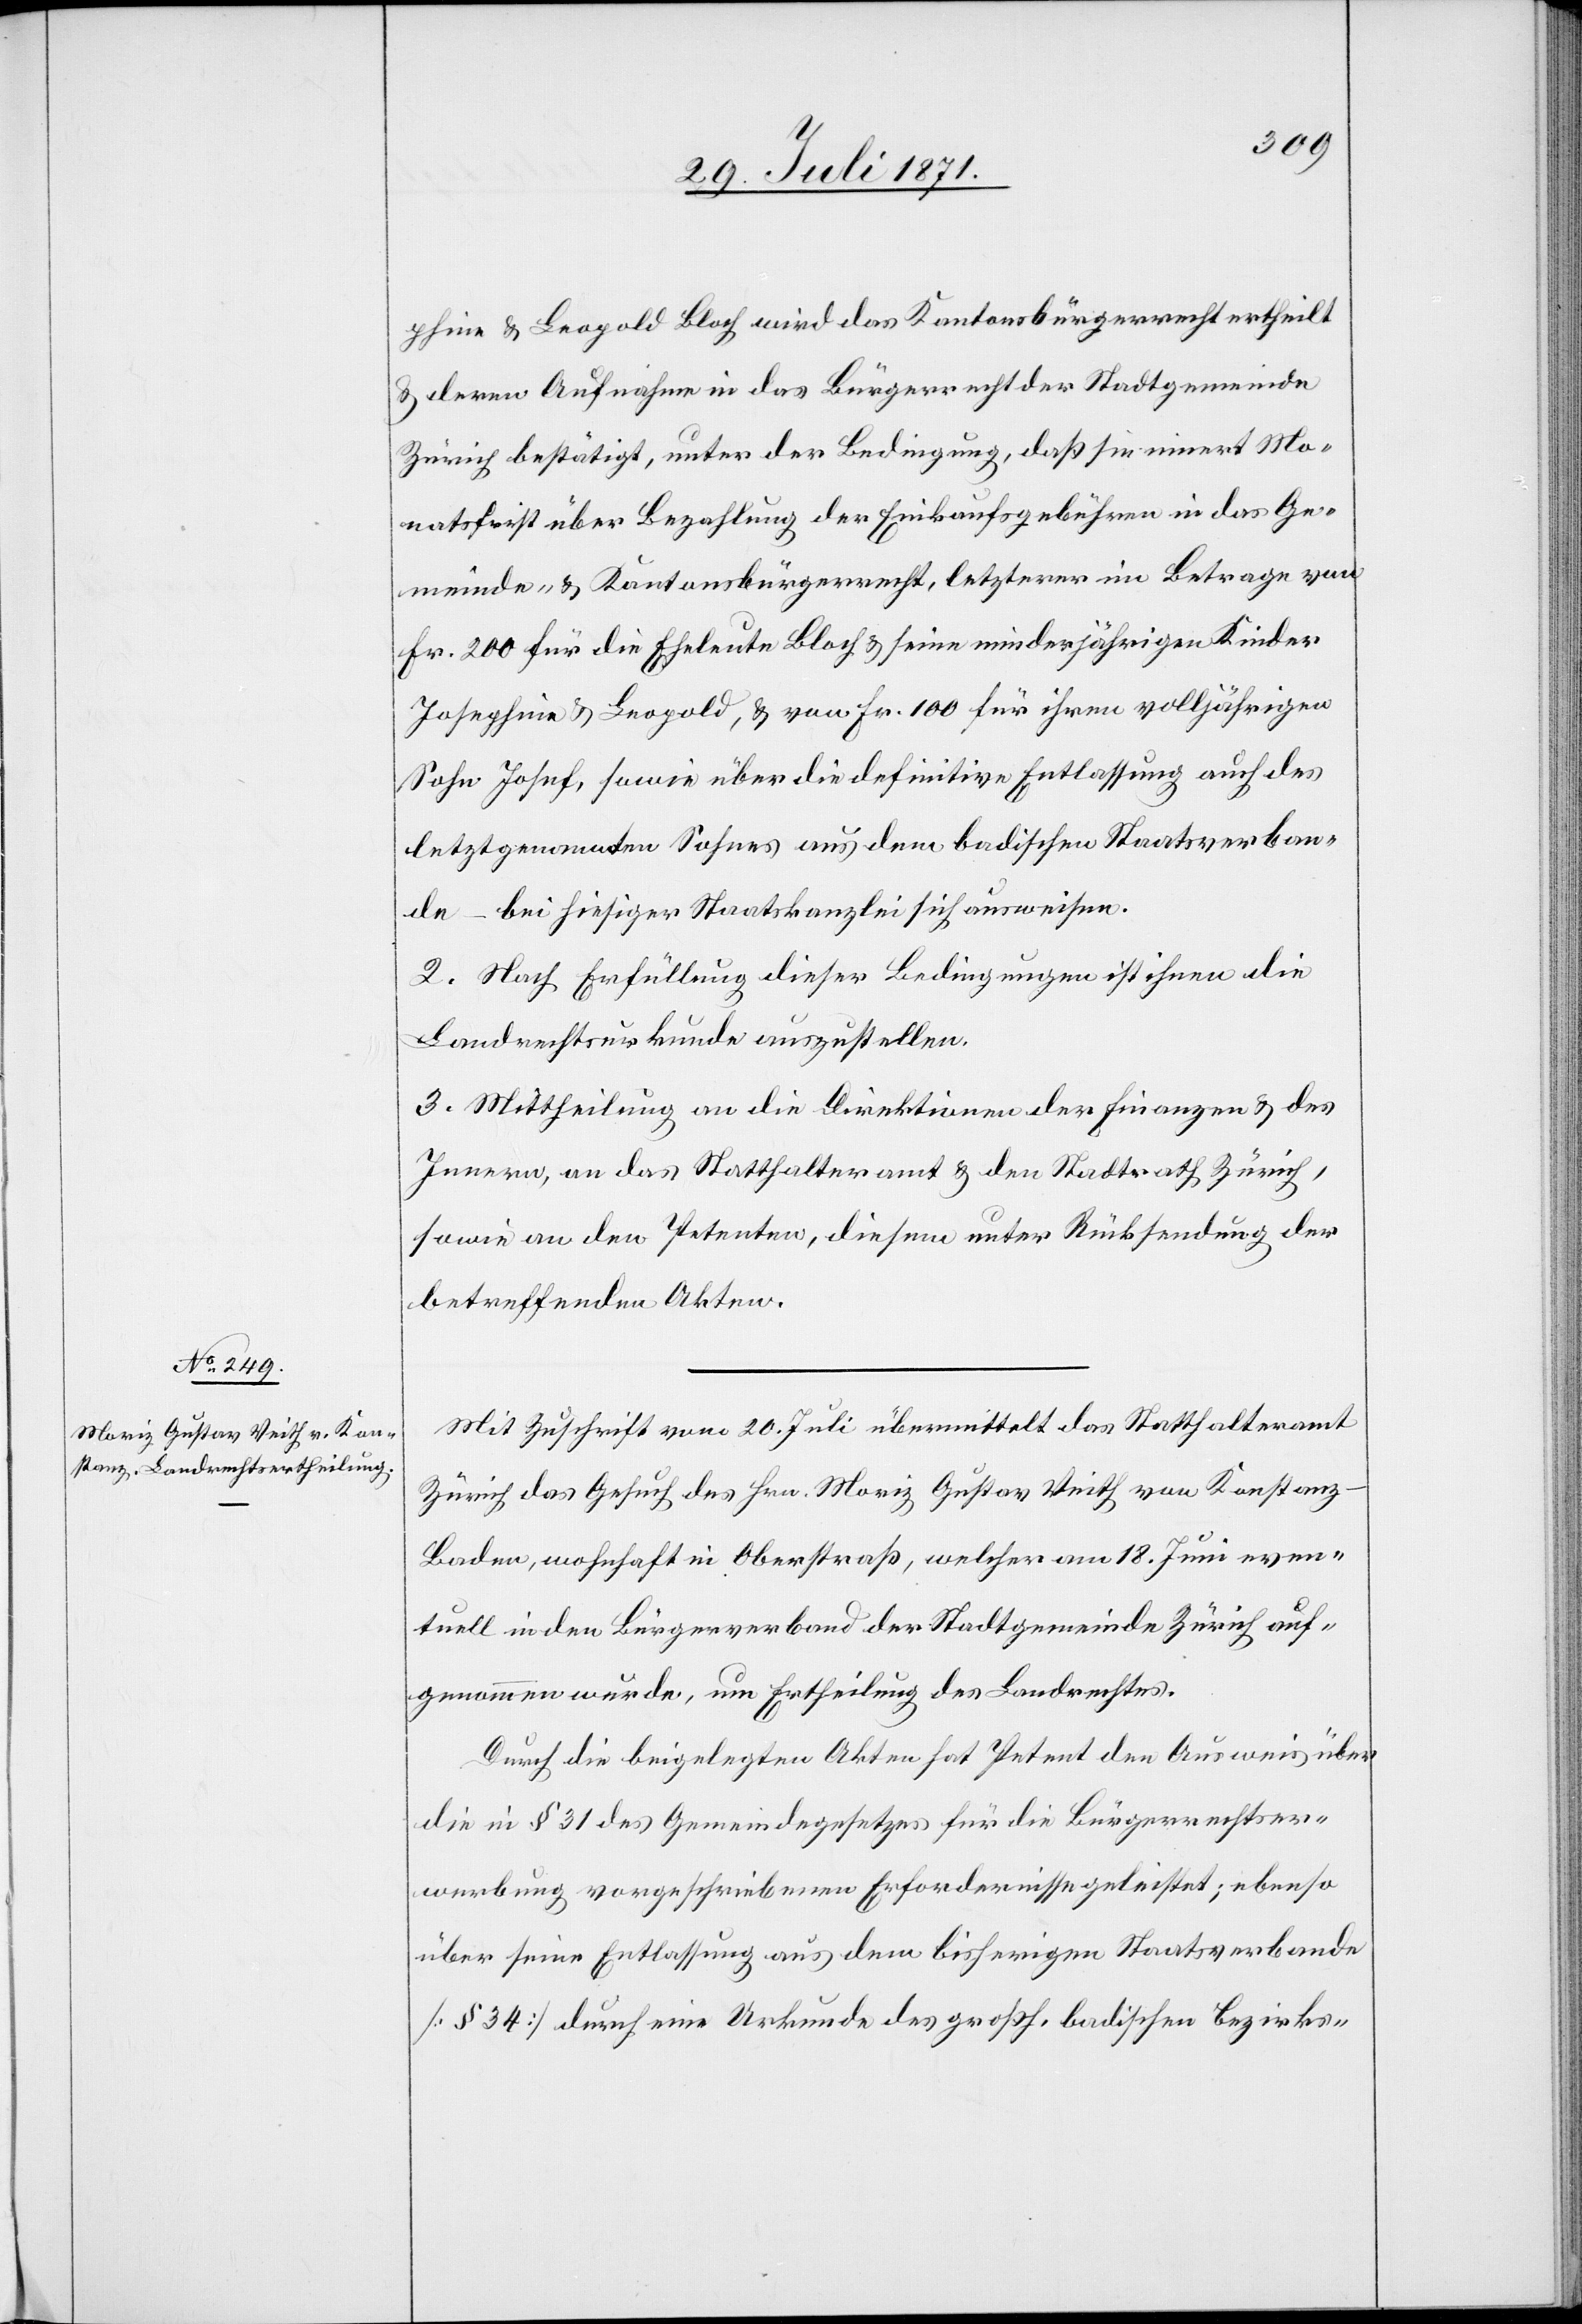
phine u. Leopold Bloch wird das Kantonsbürgerrecht ertheilt
u. deren Aufnahme in das Bürgerrecht der Stadtgemeinde
Zürich bestätigt, unter der Bedingung, daß sie innert Mo¬
natsfrist über Bezahlung der Einkaufsgebühren in das Ge¬
meinde- u. Kantonsbürgerrecht, letzterer im Betrage von
Fr. 200 für die Eheleute Bloch u. seine minderjährigen Kinder
Josephine u. Leopold, u. von Fr. 100 für ihren volljährigen
Sohn Josef, sowie über die definitive Entlassung auch des
letztgenannten Sohnes aus dem badischen Staatsverban¬
de – bei hiesiger Staatskanzlei sich ausweisen.
2. Nach Erfüllung dieser Bedingungen ist ihnen die
Landrechtsurkunde auszustellen.
3. Mittheilung an die Direktion der Finanzen u. des
Innern, an das Statthalteramt u. den Stadtrath Zürich,
sowie an den Petenten, diesem unter Rücksendung der
betreffenden Akten.